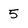
Character: 5